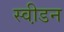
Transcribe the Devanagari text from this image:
स्वी़डन